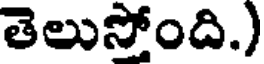
తెలుస్తోంది.)